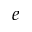
e